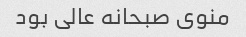
منوی صبحانه عالی بود